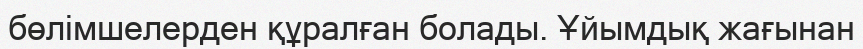
бөлімшелерден құралған болады. Ұйымдық жағынан